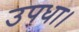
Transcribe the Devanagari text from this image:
उपधा।